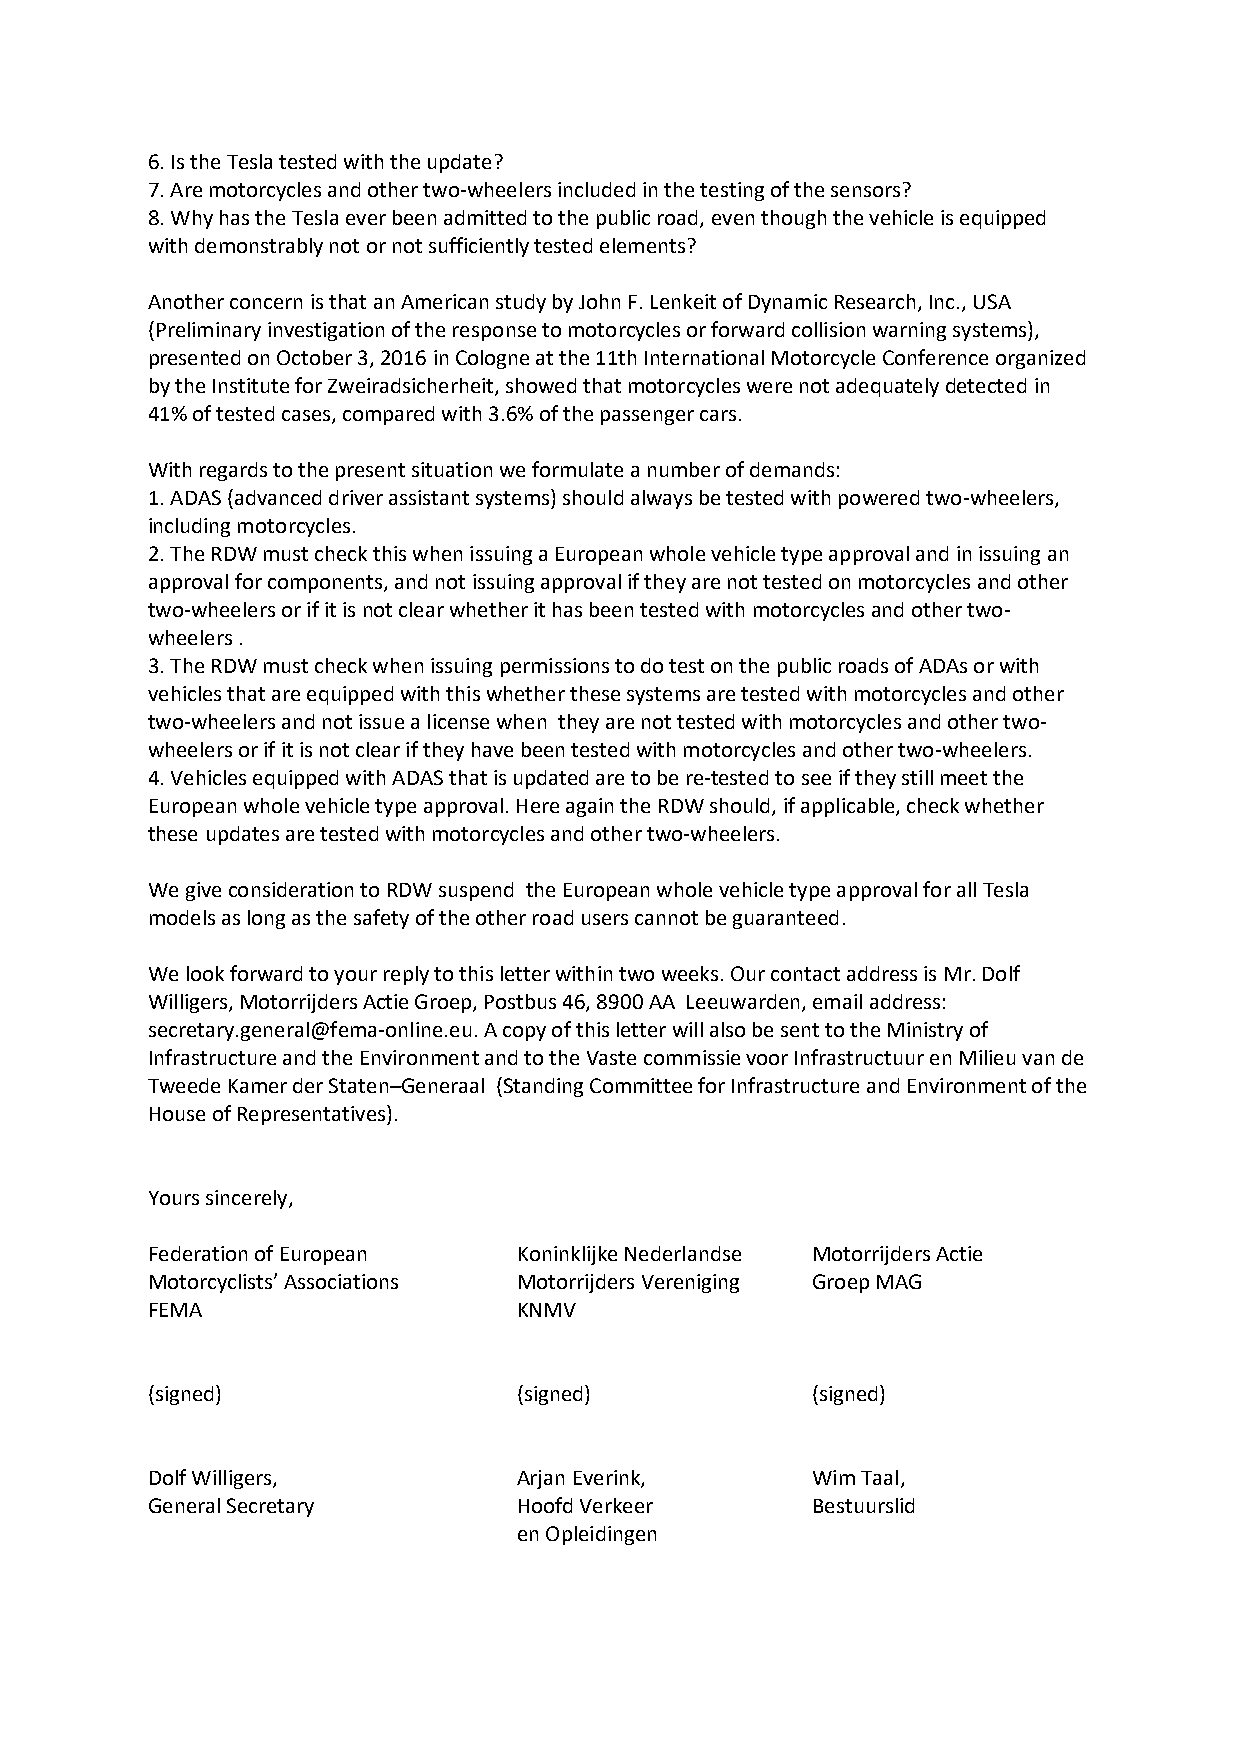
6. Is the Tesla tested with the update?
 7. Are motorcycles and other two-wheelers included in the testing of the sensors?
 8. Why has the Tesla ever been admitted to the public road, even though the vehicle is equipped
 with demonstrably not or not sufficiently tested elements?
 Another concern is that an American study by John F. Lenkeit of Dynamic Research, Inc., USA
 (Preliminary investigation of the response to motorcycles or forward collision warning systems),
 presented on October 3, 2016 in Cologne at the 11th International Motorcycle Conference organized
 by the Institute for Zweiradsicherheit, showed that motorcycles were not adequately detected in
 41% of tested cases, compared with 3.6% of the passenger cars.
 With regards to the present situation we formulate a number of demands:
 1. ADAS (advanced driver assistant systems) should always be tested with powered two-wheelers,
 including motorcycles.
 2. The RDW must check this when issuing a European whole vehicle type approval and in issuing an
 approval for components, and not issuing approval if they are not tested on motorcycles and other
 two-wheelers or if it is not clear whether it has been tested with motorcycles and other two-
 wheelers .
 3. The RDW must check when issuing permissions to do test on the public roads of ADAs or with
 vehicles that are equipped with this whether these systems are tested with motorcycles and other
 two-wheelers and not issue a license when they are not tested with motorcycles and other two-
 wheelers or if it is not clear if they have been tested with motorcycles and other two-wheelers.
 4. Vehicles equipped with ADAS that is updated are to be re-tested to see if they still meet the
 European whole vehicle type approval. Here again the RDW should, if applicable, check whether
 these updates are tested with motorcycles and other two-wheelers.
 We give consideration to RDW suspend the European whole vehicle type approval for all Tesla
 models as long as the safety of the other road users cannot be guaranteed.
 We look forward to your reply to this letter within two weeks. Our contact address is Mr. Dolf
 Willigers, Motorrijders Actie Groep, Postbus 46, 8900 AA Leeuwarden, email address:
 secretary.general@fema-online.eu. A copy of this letter will also be sent to the Ministry of
 Infrastructure and the Environment and to the Vaste commissie voor Infrastructuur en Milieu van de
 Tweede Kamer der Staten–Generaal (Standing Committee for Infrastructure and Environment of the
 House of Representatives).
 Yours sincerely,
 Federation of European  Koninklijke Nederlandse Motorrijders Actie
 Motorcyclists’ Associations Motorrijders Vereniging Groep MAG
 FEMA                    KNMV
 (signed)                (signed)            (signed)
 Dolf Willigers,         Arjan Everink,      Wim Taal,
 General Secretary       Hoofd Verkeer       Bestuurslid
 en Opleidingen